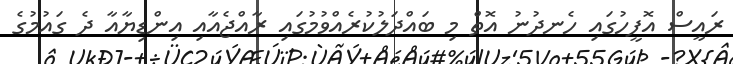
ރައީސް އޮފީހުގައި ހެނދުނު އޮތް މި ބައްދަލުކުރެއްވުމުގައި ރާއްޖެއާއި އިންޑިޔާއާ ދެ ގައުމުގެ